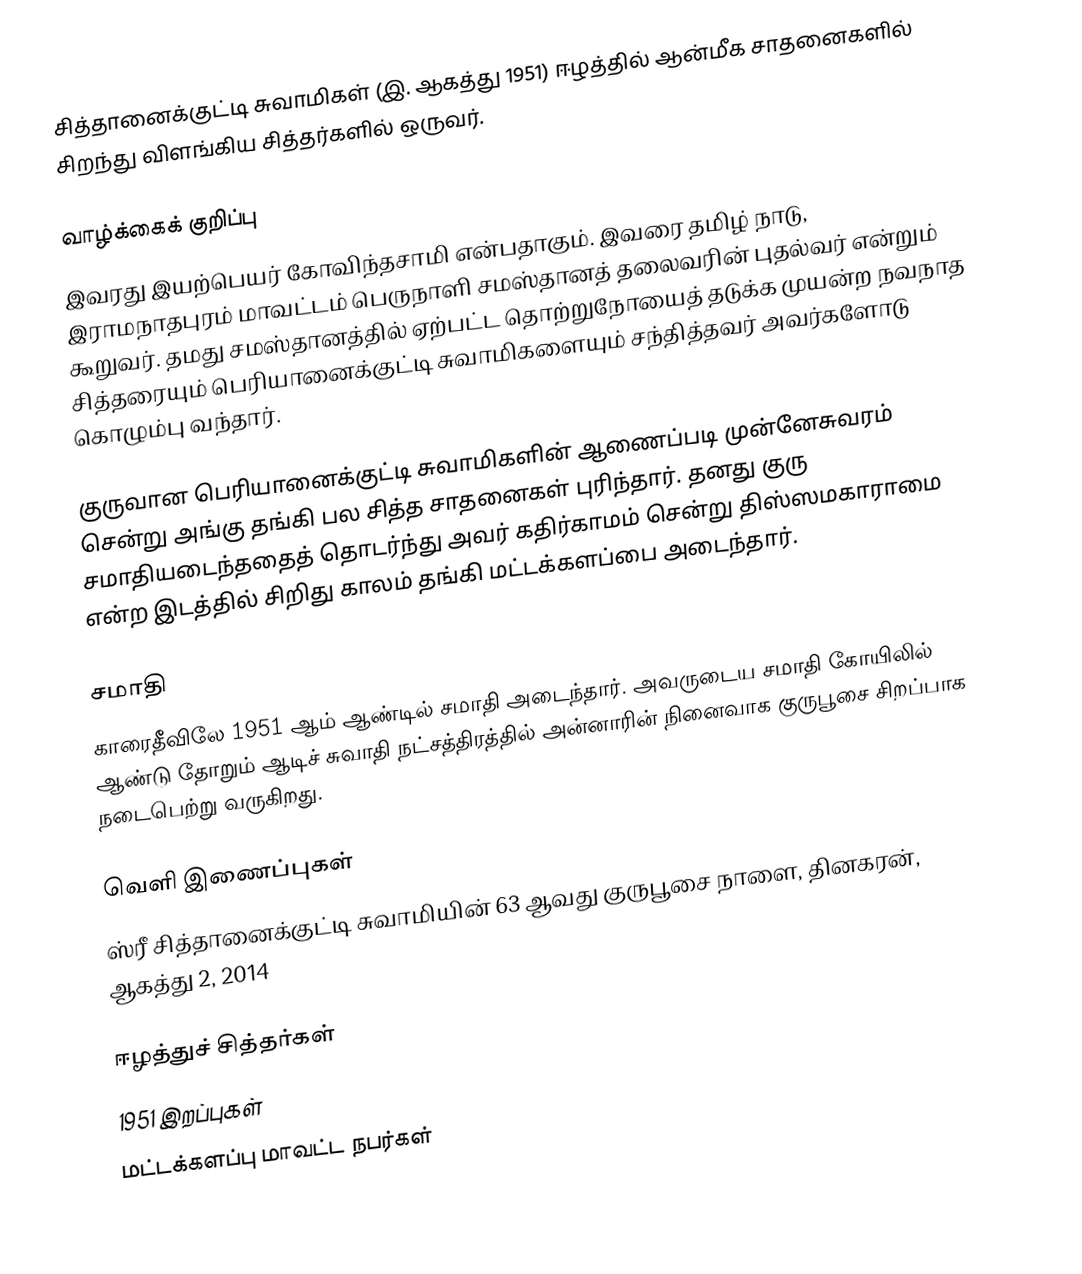
சித்தானைக்குட்டி சுவாமிகள் (இ. ஆகத்து 1951) ஈழத்தில் ஆன்மீக சாதனைகளில் சிறந்து விளங்கிய சித்தர்களில் ஒருவர்.

வாழ்க்கைக் குறிப்பு
இவரது இயற்பெயர் கோவிந்தசாமி என்பதாகும். இவரை தமிழ் நாடு, இராமநாதபுரம் மாவட்டம் பெருநாளி சமஸ்தானத் தலைவரின் புதல்வர் என்றும் கூறுவர். தமது சமஸ்தானத்தில் ஏற்பட்ட தொற்றுநோயைத் தடுக்க முயன்ற நவநாத சித்தரையும் பெரியானைக்குட்டி சுவாமிகளையும் சந்தித்தவர் அவர்களோடு கொழும்பு வந்தார்.

குருவான பெரியானைக்குட்டி சுவாமிகளின் ஆணைப்படி முன்னேசுவரம் சென்று அங்கு தங்கி பல சித்த சாதனைகள் புரிந்தார். தனது குரு சமாதியடைந்ததைத் தொடர்ந்து அவர் கதிர்காமம் சென்று திஸ்ஸமகாராமை என்ற இடத்தில் சிறிது காலம் தங்கி மட்டக்களப்பை அடைந்தார்.

சமாதி
காரைதீவிலே 1951 ஆம் ஆண்டில் சமாதி அடைந்தார். அவருடைய சமாதி கோயிலில் ஆண்டு தோறும் ஆடிச் சுவாதி நட்சத்திரத்தில் அன்னாரின் நினைவாக குருபூசை சிறப்பாக நடைபெற்று வருகிறது.

வெளி இணைப்புகள்
ஸ்ரீ சித்தானைக்குட்டி சுவாமியின் 63 ஆவது குருபூசை நாளை, தினகரன், ஆகத்து 2, 2014

ஈழத்துச் சித்தர்கள்
1951 இறப்புகள்
மட்டக்களப்பு மாவட்ட நபர்கள்